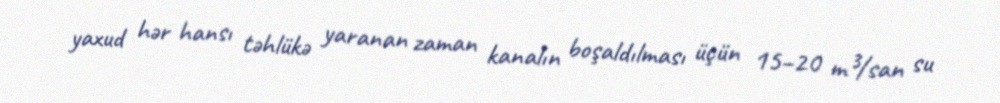
yaxud hər hansı təhlükə yaranan zaman kanalın boşaldılması üçün 15–20 m³/san su